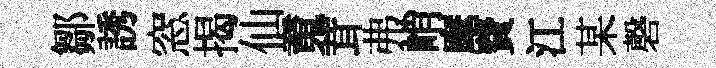
鄒誘窓揭仙䰟茸弗峭麾費江某磬